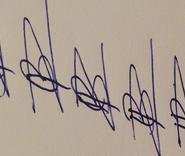
Signature authenticity: forged